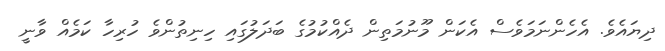
ދިޔައެވެ. އެހެންނަމަވެސް އެކަން މޫނުމަތިން ދެއްކުމުގެ ބަދަލުގައި ހިނިތުންވެ ހުރިހާ ކަމެއް ވާނީ